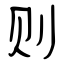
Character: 则